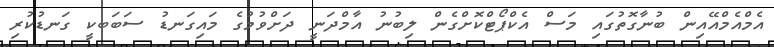
އެމްއެމްއޭއިން ބުނާގޮތުގައި މަސް އެކްޕޯޓްކޮށްގެން ލިބުނު އާމްދަނީ ދަށްވުމުގެ މައިގަނޑު ސަބަބކީ ގަނޑުކުރި